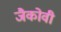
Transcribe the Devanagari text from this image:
जैकोवी